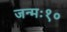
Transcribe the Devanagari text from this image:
जन्मः१०